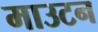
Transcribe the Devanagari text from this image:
माउटन